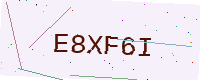
Text: E8XF6I